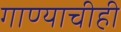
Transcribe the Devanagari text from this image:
गाण्याचीही